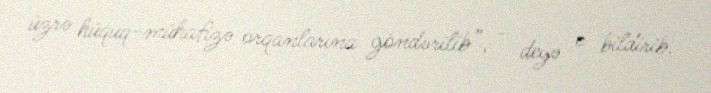
üzrə hüquq-mühafizə orqanlarına göndərilib”, - deyə o bildirib.